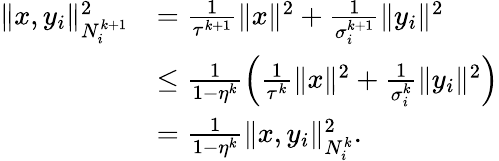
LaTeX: \begin{array}{rl}{\| x,y_{i}\| _{N_{i}^{k+1}}^{2}}&{=\frac{1}{\tau^{k+1}}\| x\| ^{2}+\frac{1}{\sigma_{i}^{k+1}}\| y_{i}\| ^{2}}\\ &{\leq\frac{1}{1-\eta^{k}}\left(\frac{1}{\tau^{k}}\| x\| ^{2}+\frac{1}{\sigma_{i}^{k}}\| y_{i}\| ^{2}\right)}\\ &{=\frac{1}{1-\eta^{k}}\| x,y_{i}\| _{N_{i}^{k}}^{2}.}\end{array}